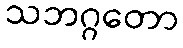
သဘဂ္ဂတော